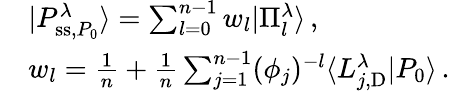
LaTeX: \begin{array}{rl}&{|P_{\mathrm{ss},P_{0}}^{\lambda}\rangle=\sum_{l=0}^{n-1}w_{l}|\Pi_{l}^{\lambda}\rangle\, ,}\\ &{w_{l}=\frac{1}{n}+\frac{1}{n}\sum_{j=1}^{n-1}(\phi_{j})^{-l}\langle L_{j,\mathrm{D}}^{\lambda}|P_{0}\rangle\, .}\end{array}